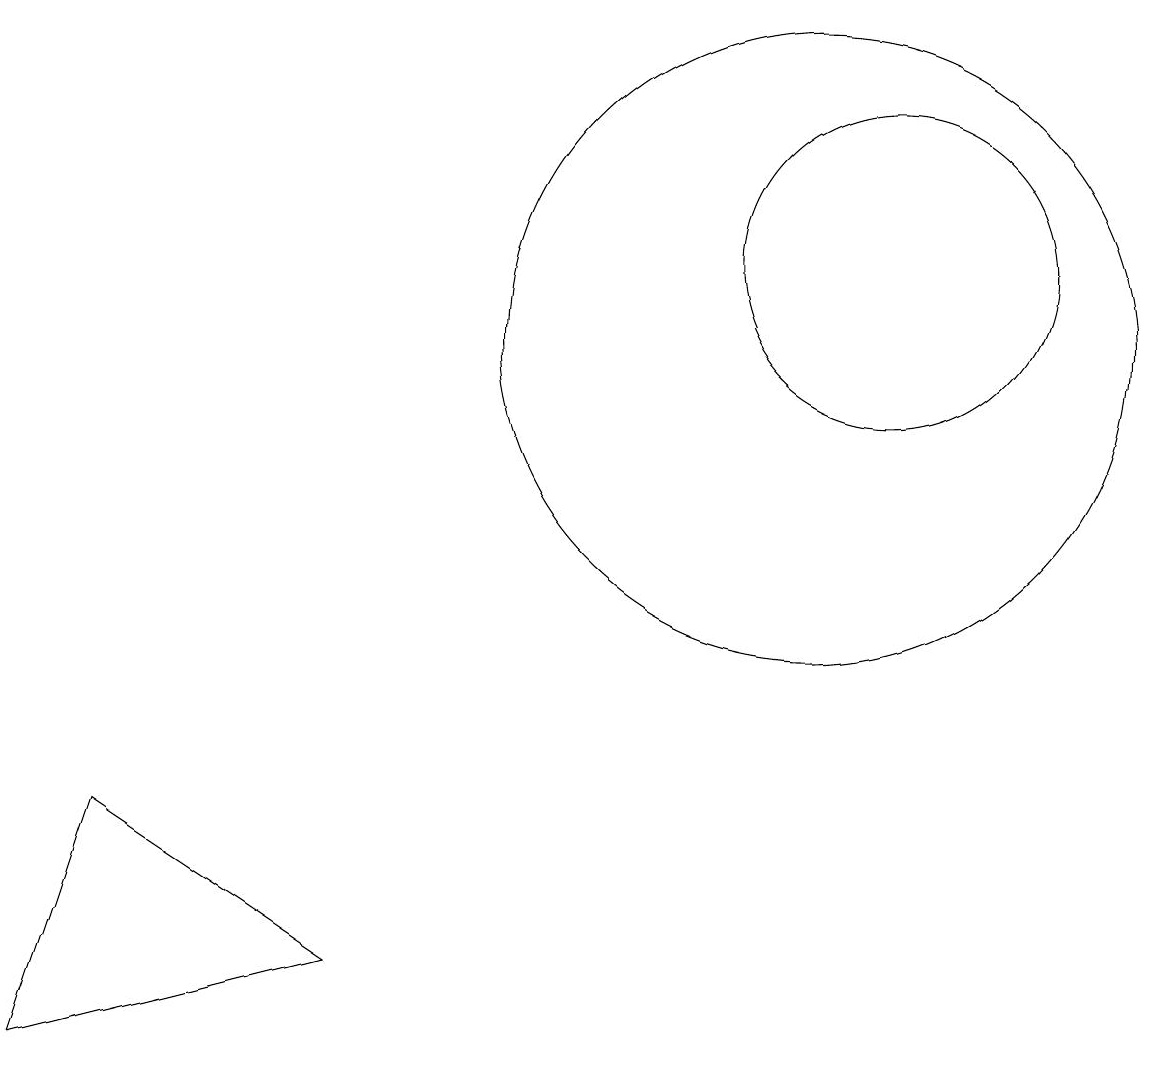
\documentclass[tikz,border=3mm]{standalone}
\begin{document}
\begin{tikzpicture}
\draw (0,1) -- (4,2) -- (1,4) -- cycle;
\draw (10,10) circle (4);
\draw (11,11) circle (2);
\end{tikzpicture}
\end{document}